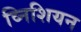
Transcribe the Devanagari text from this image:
व्निशियन